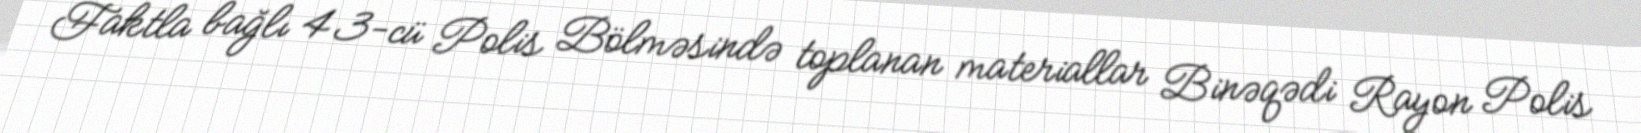
Faktla bağlı 43-cü Polis Bölməsində toplanan materiallar Binəqədi Rayon Polis